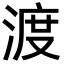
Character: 渡